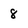
Character: 8